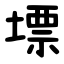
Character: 墂